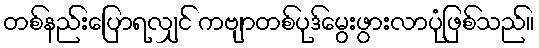
တစ်နည်းပြောရလျှင် ကဗျာတစ်ပုဒ်မွေးဖွားလာပုံဖြစ်သည်။